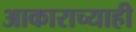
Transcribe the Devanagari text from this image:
आकाराच्याही